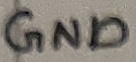
Text: GND